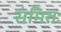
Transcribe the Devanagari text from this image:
संमितः